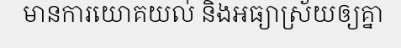
មានការយោគយល់ និងអធ្យាស្រ័យឲ្យគ្នា